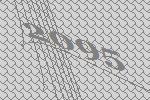
2095